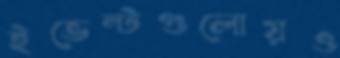
ইভেন্টগুলোয়ও